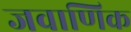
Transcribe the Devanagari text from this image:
जवाणिक